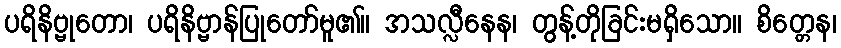
ပရိနိဗ္ဗုတော၊ ပရိနိဗ္ဗာန်ပြုတော်မူ၏။ အသလ္လီနေန၊ တွန့်တိုခြင်းမရှိသော။ စိတ္တေန၊